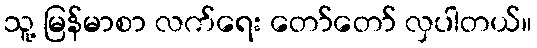
သူ့ မြန်မာစာ လက်ရေး တော်တော် လှပါတယ်။